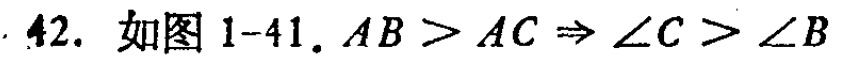
42. 如图 1-41. \(AB > AC\Rightarrow\angle C > \angle B\)